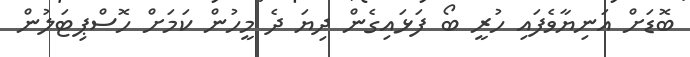
ބޮޑަށް އަނިޔާވެފައި ހުރީ ބޯ ފަޅައިގެން ދިޔަ ދެ މީހުން ކަމަށް ހޮސްޕިޓަލުން